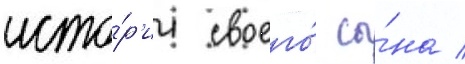
исто́р'ии своего́ сы́на /